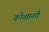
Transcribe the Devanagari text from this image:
कोशाशीं